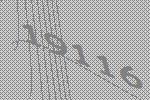
19116